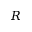
R